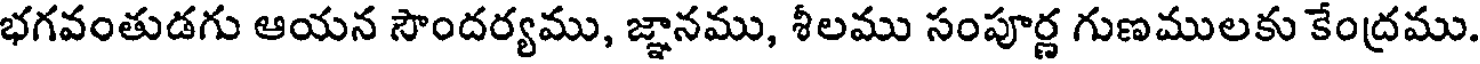
భగవంతుడగు ఆయన సౌందర్యము, జ్ఞానము, శీలము సంపూర్ణ గుణములకు కేంద్రము.